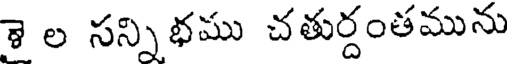
శై ల సన్నిభము చతుర్దంతమును